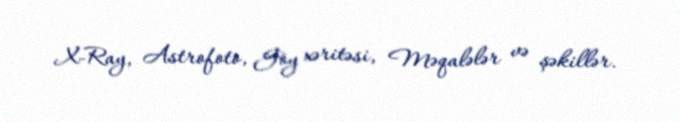
X-Ray, Astrofoto, Göy xəritəsi, Məqalələr və şəkillər.